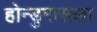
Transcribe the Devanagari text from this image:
होन्डुरासला